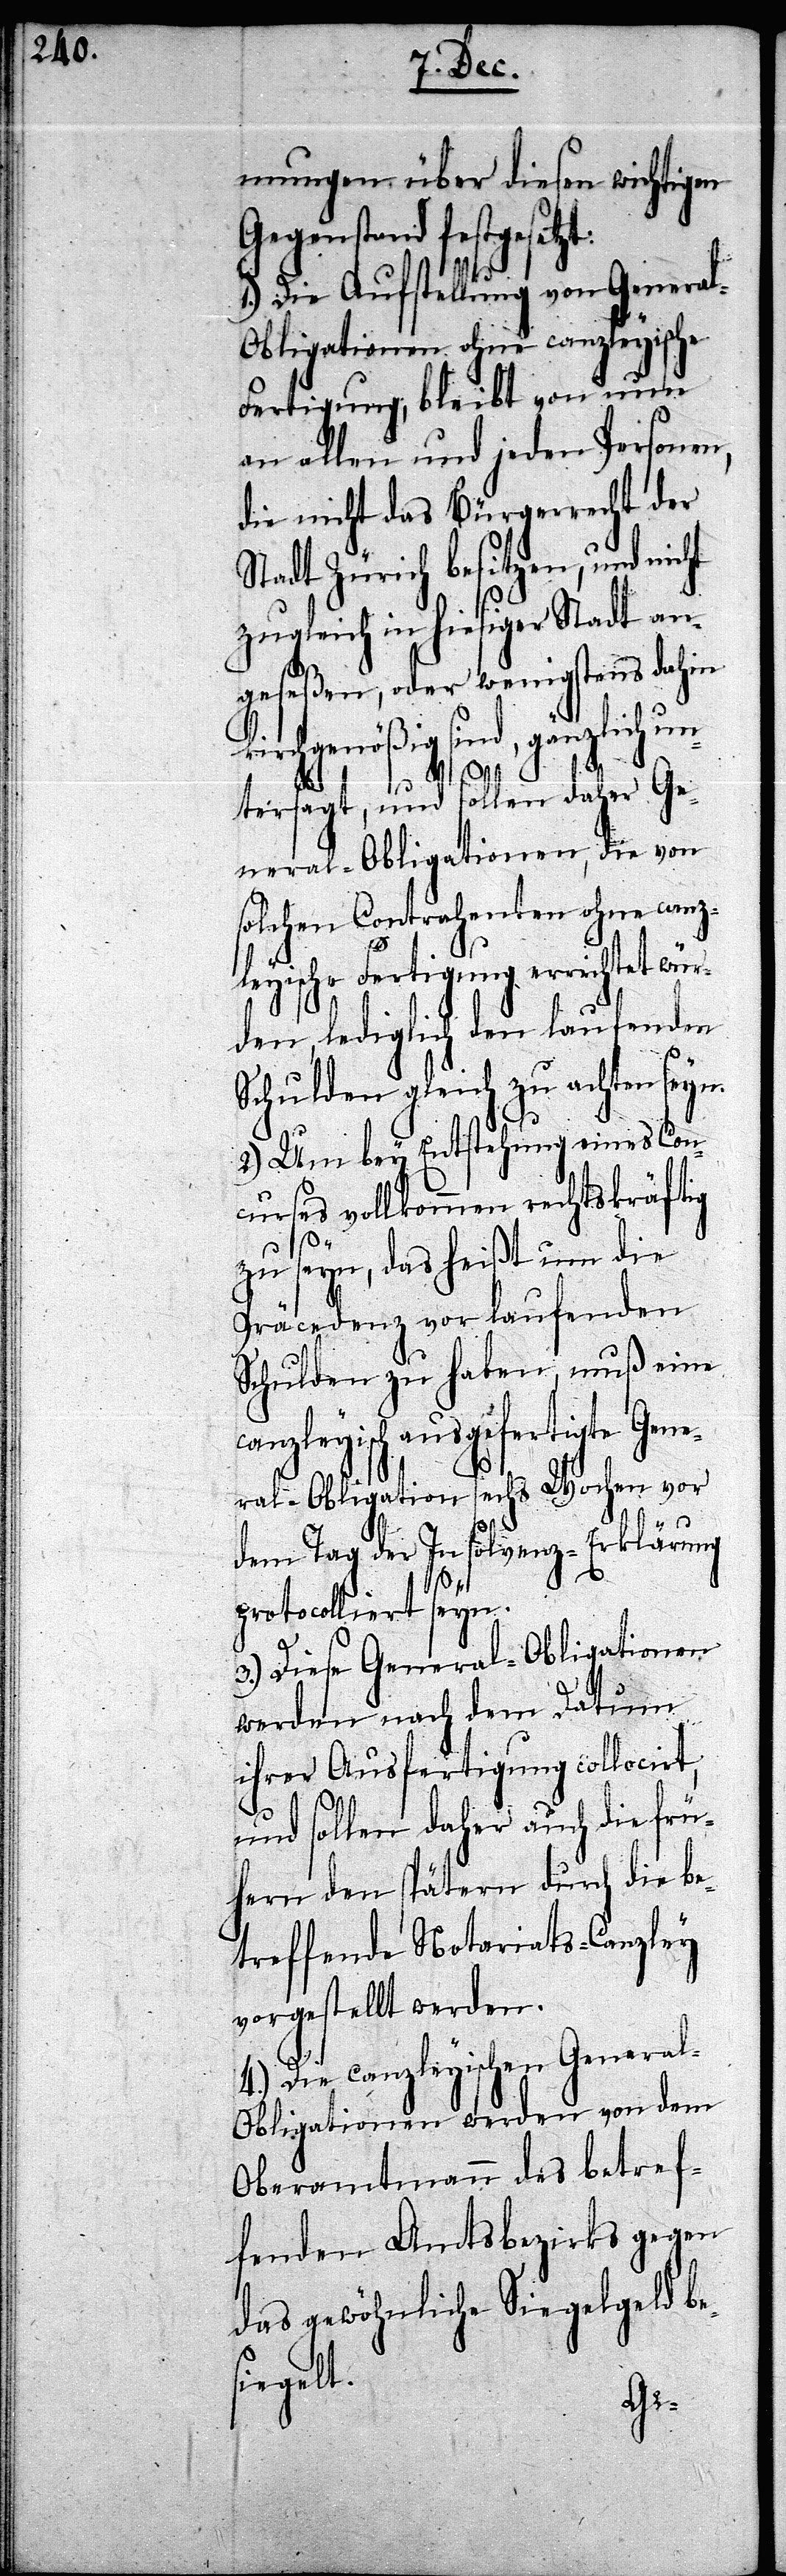
mungen über diesen wichtigen
Gegenstand fest¬
1.) Die Aufstellung von Genera¬
l-Obligationen ohne canzleyische
Fertigung, bleibt von nun
an allen und jeden Personen,
die nicht das Bürgerrecht der
Stadt Zürich besitzen, und nicht
zugleich in hiesiger Stadt an¬
geseßen, oder wenigstens dahin
kirchgenößig sind, gänzlich u¬
ntersagt, und sollen daher Ge¬
neral-Obligationen, die von
solchen Contrahenten ohne canz¬
leyische Fertigung errichtet wür¬
den, lediglich den laufenden
Schulden gleich zu achten seyn.
2.) Um bey Entstehung eines Con¬
curses vollkommen rechtskräftig
p¬
zu seyn, das heißt um die
Präcedenz vor laufenden
Schulden zu haben, muß eine
anzleyisch ausgefertigte Gen¬
eral-Obligation sechs Wochen vor
dem Tag der Insolvenz-Erklärung
rotocolliert seyn.
3.) Diese General-Obligationen
werden nach dem Datum
ihrer Ausfertigung collocirt,
und sollen daher auch die frü¬
hern den spätern durch die be¬
treffende Notariats-Canzley
vorgestellt werden.
4.) Die canzleyischen Genera¬
l-Obligationen werden von dem
Oberamtmann des betref¬
fenden Amtsbezirkes gegen
das gewöhnliche Siegelgeld be¬
siegelt.
c¬